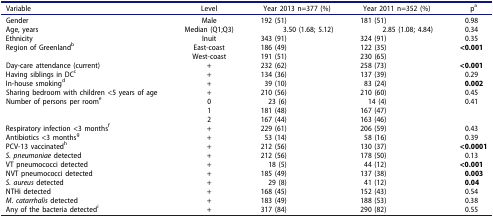
<table><thead><tr><td><b>Variable</b></td><td><b>Level</b></td><td><b>Year 2013 n=377 (%)</b></td><td><b>Year 2011 n=352 (%)</b></td><td><b>p<sup>a</sup></b></td></tr></thead><tbody><tr><td>Gender</td><td>Male</td><td>192 (51)</td><td>181 (51)</td><td>0.98</td></tr><tr><td>Age, years</td><td>Median (Q1;Q3)</td><td>3.50 (1.68; 5.12)</td><td>2.85 (1.08; 4.84)</td><td>0.34</td></tr><tr><td>Ethnicity</td><td>Inuit</td><td>343 (91)</td><td>324 (91)</td><td>0.35</td></tr><tr><td>Region of Greenland<sup>b</sup></td><td>East-coast</td><td>186 (49)</td><td>122 (35)</td><td><b>&lt;0.001</b></td></tr><tr><td> </td><td>West-coast</td><td>191 (51)</td><td>230 (65)</td><td> </td></tr><tr><td>Day-care attendance (current)</td><td>+</td><td>232 (62)</td><td>258 (73)</td><td><b>&lt;0.001</b></td></tr><tr><td>Having siblings in DC<sup>c</sup></td><td>+</td><td>134 (36)</td><td>137 (39)</td><td>0.29</td></tr><tr><td>In-house smoking<sup>d</sup></td><td>+</td><td>39 (10)</td><td>83 (24)</td><td><b>0.002</b></td></tr><tr><td>Sharing bedroom with children &lt;5 years of age</td><td>+</td><td>210 (56)</td><td>210 (60)</td><td>0.45</td></tr><tr><td>Number of persons per room<sup>e</sup></td><td>0</td><td>23 (6)</td><td>14 (4)</td><td>0.41</td></tr><tr><td> </td><td>1</td><td>181 (48)</td><td>167 (47)</td><td> </td></tr><tr><td> </td><td>2</td><td>167 (44)</td><td>163 (46)</td><td> </td></tr><tr><td>Respiratory infection &lt;3 months<sup>f</sup></td><td>+</td><td>229 (61)</td><td>206 (59)</td><td>0.43</td></tr><tr><td>Antibiotics &lt;3 months<sup>g</sup></td><td>+</td><td>53 (14)</td><td>58 (16)</td><td>0.39</td></tr><tr><td>PCV-13 vaccinated<sup>h</sup></td><td>+</td><td>212 (56)</td><td>130 (37)</td><td><b>&lt;0.0001</b></td></tr><tr><td><i>S. pneumoniae</i> detected</td><td>+</td><td>212 (56)</td><td>178 (50)</td><td>0.13</td></tr><tr><td>VT pneumococci detected</td><td>+</td><td>18 (5)</td><td>44 (12)</td><td><b>&lt;0.001</b></td></tr><tr><td>NVT pneumococci detected</td><td>+</td><td>185 (49)</td><td>137 (38)</td><td><b>0.003</b></td></tr><tr><td><i>S. aureus</i> detected</td><td>+</td><td>29 (8)</td><td>41 (12)</td><td><b>0.04</b></td></tr><tr><td>NTHi detected</td><td>+</td><td>168 (45)</td><td>152 (43)</td><td>0.54</td></tr><tr><td><i>M. catarrhalis</i> detected</td><td>+</td><td>183 (49)</td><td>188 (53)</td><td>0.38</td></tr><tr><td>Any of the bacteria detected<sup>i</sup></td><td>+</td><td>317 (84)</td><td>290 (82)</td><td>0.55</td></tr></tbody></table>